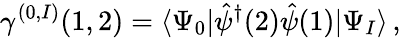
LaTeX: \gamma^{(0,I)}(1,2)=\langle\Psi_{0}\vert\hat{\psi}^{\dagger}(2)\hat{\psi}(1)\vert\Psi_{I}\rangle\, ,